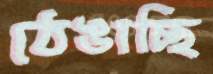
ঠেঙাচ্ছি